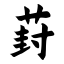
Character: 葑